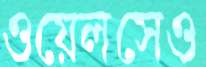
ওয়েলসেও